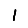
Digit: 1